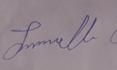
Signature authenticity: genuine